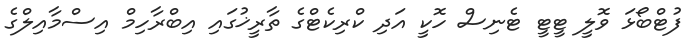
ފުޓްބޯޅަ ވޮލީ ޓީޓީ ޓެނިސް ހޮކީ އަދި ކްރިކެޓްގެ ތާރީޚުގައި އިބްރާހިމް އިސްމާއިލްގެ